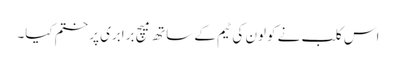
اس کلب نے کولون کی ٹیم کے ساتھ میچ برابری پر ختم کیا۔